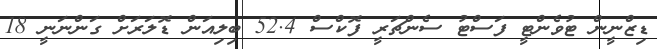
ޑިޒްނީން ޓުވެންޓީ ފަސްޓު ސެންޗަރީ ފޮކްސް 52.4 ބިިލިއަން ޑޮލަރަށް ގަންނަނީ 18